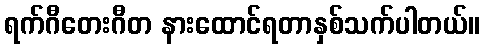
ရက်ဂီတေးဂီတ နားထောင်ရတာနှစ်သက်ပါတယ်။